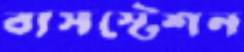
বাসস্টেশন